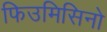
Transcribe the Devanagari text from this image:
फिउमिसिनो